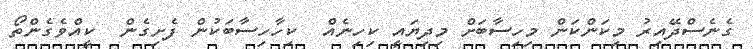
ގެނެސްދޭއިރު މިކަންކަން މިހިސާބަށް މިދިޔައީ ކިހިނެއް  ކިހާހިސާބަކުން ފެށިގެން  ކީއްވެގެންތޯ